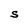
Character: S